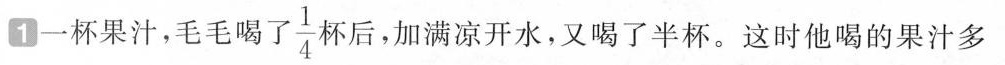
1 一杯果汁，毛毛喝了 \frac {1} {4}杯后，加满凉开水，又喝了半杯。这时他喝的果汁多